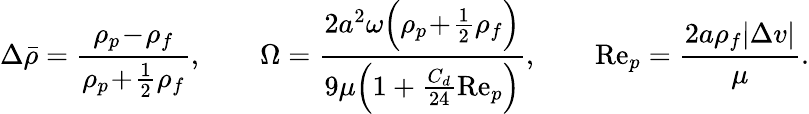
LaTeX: \Delta\bar{\rho}=\frac{\rho_{p}\! -\! \rho_{f}}{\rho_{p}\! +\! \frac{1}{2}\rho_{f}},\qquad\Omega=\frac{2a^{2}\omega\Bigl(\rho_{p}\! +\! \frac{1}{2}\rho_{f}\Bigr)}{9\mu\Bigl(1+\frac{C_{d}}{24}\mathrm{Re}_{p}\Bigr)},\qquad\mathrm{Re}_{p}=\frac{2a\rho_{f}|\Delta v|}{\mu}.